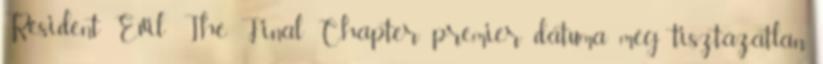
Resident Evil: The Final Chapter premier dátuma még tisztázatlan,